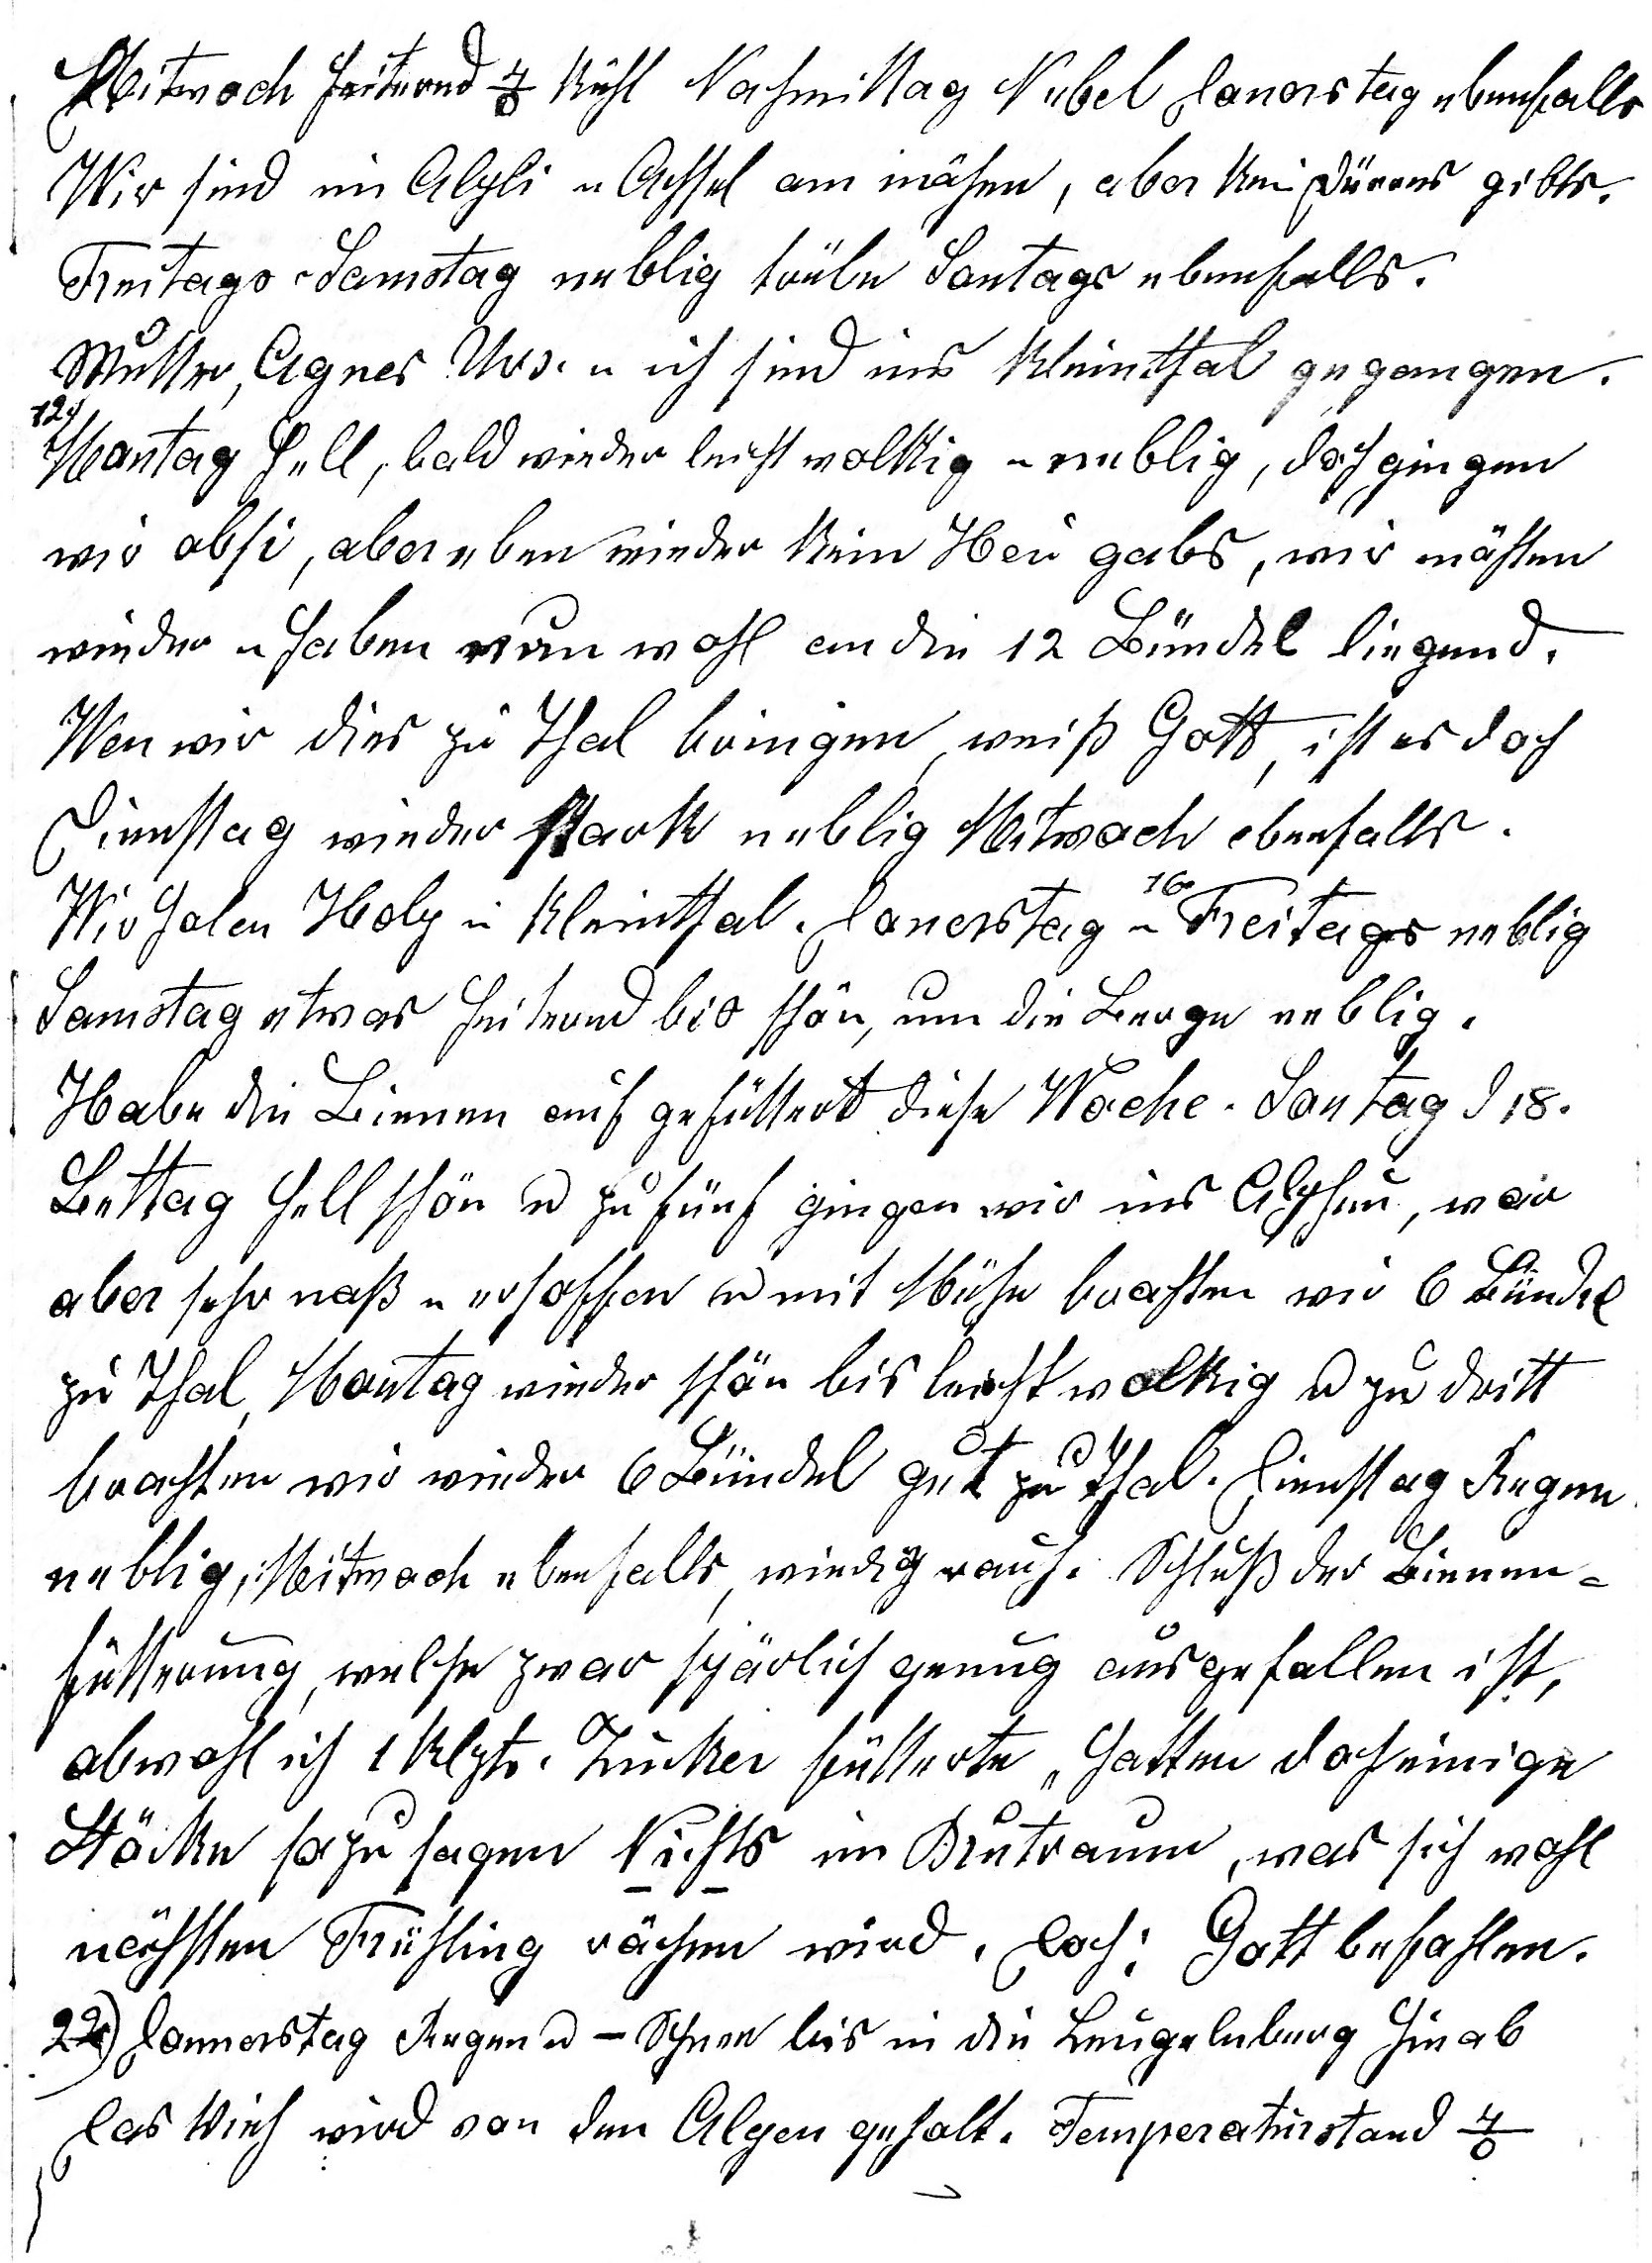
Mitwoch heiternd 4o kühl Nachmittag Nebel Donerstag ebenfalls.
Wir sind im Alpli u Achsel am mähen, aber kein dürres gibt’s
Freitags u Samstag neblig trübe Sontags ebenfalls.
Mutter, Agnes, Urs. u ich sind ins Kleinthal gegangen.
12.
Montag hell, bald wieder leicht wolkig u neblig, doch gingen
wir obsi, aber eben wieder kein Heu gabs, wir mähten
wieder u haben nun wohl an die 12 Bündel liegend.
Wen wir dies zu Thal bringen, weiss Gott, ist es doch
Dienstag wieder stark neblig Mitwoch ebenfalls.

Wir holen Holz im Kleinthal. Donerstag u 16. Freitags neblig
Samstag etwas heiternd bis schön, um die Berge neblig.
Habe die Bienen auch gefüttert diese Woche. Sontag d. 18.
Bettag hell schön u zu fünf gingen wir ins Alpheu, war
aber sehr nass u ersoffen u mit Mühe brachten wir 6 Bündell

gut zu Thal, Montag wieder schön bis leicht wolkig u zu dritt
brachten wir wieder 6 Bündel  zu Thal. Dienstag Regen
neblig, Mitwoch ebenfalls, windig rauh. Schluss der Bienen
fütterung, welche zwar spärlich genug ausgefallen ist,
obwohl ich 1 Klztr. Zucker fütterte, hatten doch einige
Stöcke sozusagen Nichts im Brutraum, was sich wohl
nächsten Frühling rächen wird. Doch Gott befohlen.
22. Donerstag Regen u Schnee bis in die Leugelnberg hinab.
Das Vieh wird von den Alpen geholt. Temperaturstand 4o.